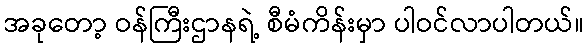
အခုတော့ ဝန်ကြီးဌာနရဲ့ စီမံကိန်းမှာ ပါဝင်လာပါတယ်။